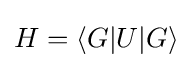
H=\langle G|U|G\rangle